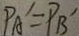
P _ { A } ^ { \prime } = P _ { B } ^ { \prime }